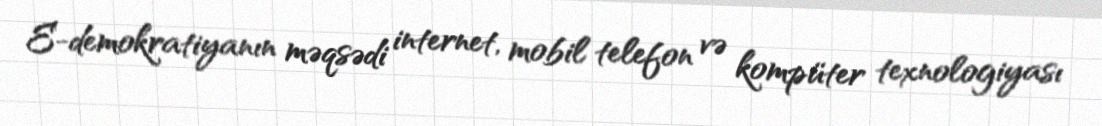
E-demokratiyanın məqsədi internet, mobil telefon və kompüter texnologiyası